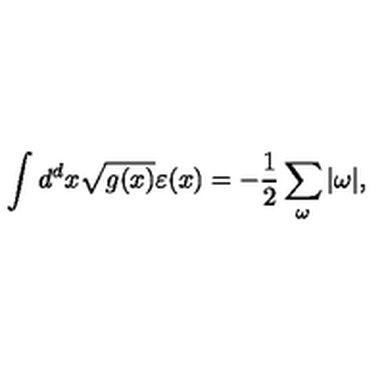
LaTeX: \int d ^ { d } x \sqrt { g ( x ) } \varepsilon ( x ) = - \frac { 1 } { 2 } \sum _ { \omega } | \omega | ,